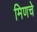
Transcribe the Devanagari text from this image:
मिणचे